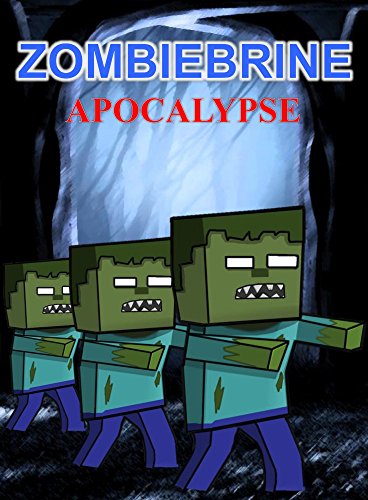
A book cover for ZombieBrine Apocalypse: The Unofficial Minecraft Novel (Minecraft Legendary Series Book 3); Ryan Johnson; Children's Books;